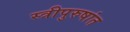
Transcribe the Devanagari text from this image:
स्त्रीपुरुषांत